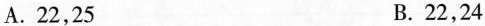
A.22，25 B.22，24